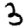
Digit: 3